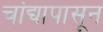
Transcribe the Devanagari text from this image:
चांद्यापासून